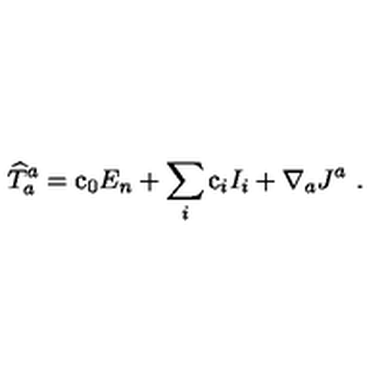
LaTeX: { \widehat T } _ { a } ^ { a } = \mathrm { c } _ { 0 } E _ { n } + \sum _ { i } \mathrm { c } _ { i } I _ { i } + \nabla _ { a } J ^ { a } \ .